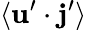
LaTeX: \langle{{\mathbf{u}}^{\prime}\cdot{\mathbf{j}}^{\prime}}\rangle